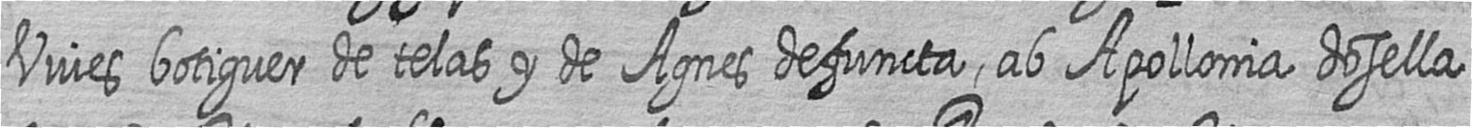
Vives botiguer de telas y de Agnes defuncta ab Apollonia dosella